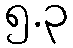
၅.၃